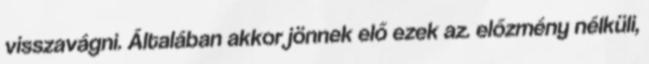
visszavágni. Általában akkor jönnek elő ezek az. előzmény nélküli,